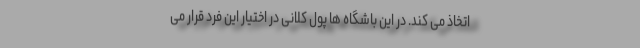
اتخاذ می کند‌. در این باشگاه ها پول کلانی در اختیار این فرد قرار می